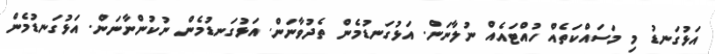
އަޅުގަނޑު މި މަސައްކަތެއް ހުއްޓައެއް ނުލާނަން. އަޅުގަނޑުމެން ތެދުވާނަން. އަޅުގަނޑުމެން ނުކުންނާނަން. އަޅުގަނޑުމެން